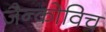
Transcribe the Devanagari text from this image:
जैन्कोविच